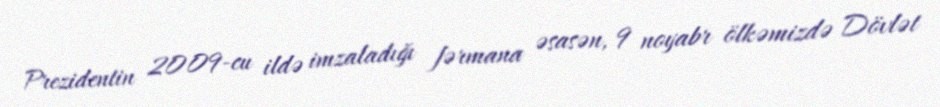
Prezidentin 2009-cu ildə imzaladığı fərmana əsasən, 9 noyabr ölkəmizdə Dövlət